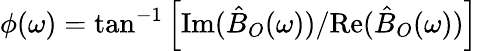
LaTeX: \phi(\omega)=\tan^{-1}\left[\mathrm{Im}(\hat{B}_{O}(\omega))/\mathrm{Re}(\hat{B}_{O}(\omega))\right]